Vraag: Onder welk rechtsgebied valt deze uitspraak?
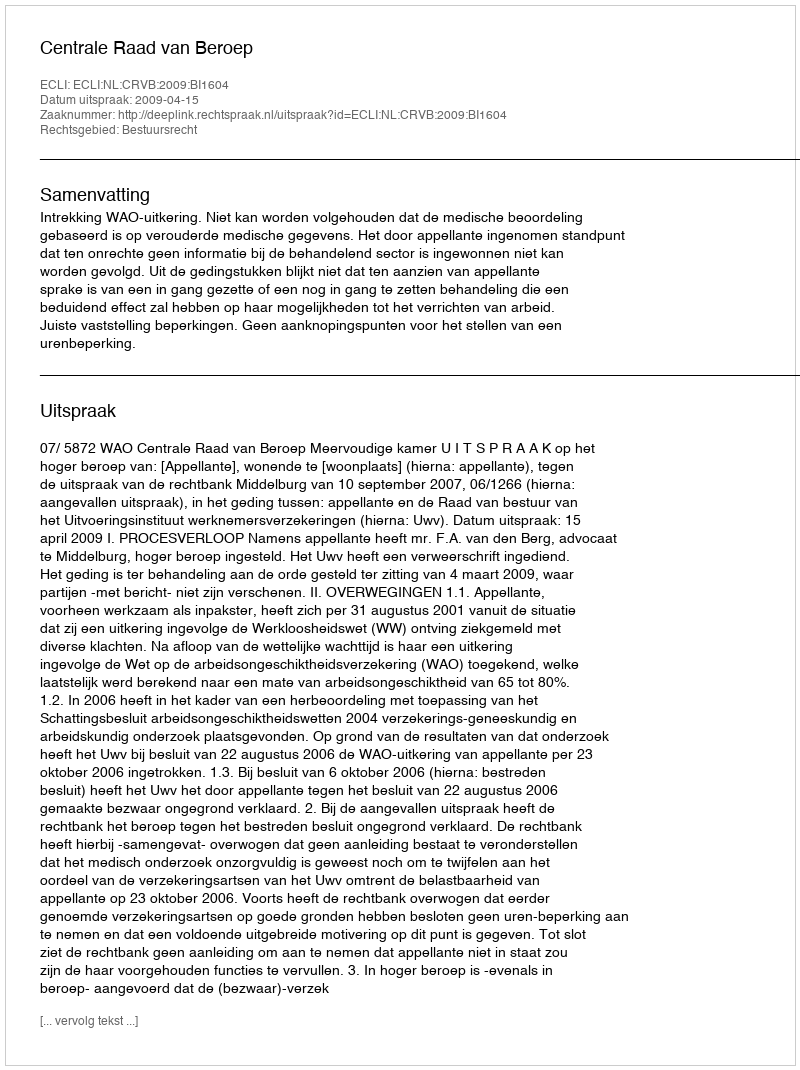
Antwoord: Bestuursrecht